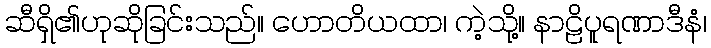
ဆီရှိ၏ဟုဆိုခြင်းသည်။ ဟောတိယထာ၊ ကဲ့သို့။ နာဠိပူရဏာဒီနံ၊